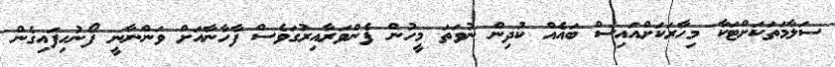
ސަލާމަތަކަށްޓަކާ މިހާރަކަށްއައިސް ބައެއް ކުދިން ނުވަތަ މީހުން ފެންވަރާއިރުގަވެސް ފާހާނާއަށް ވަންނާނީ ފޯނުހިފައިގެން